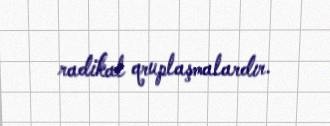
radikal qruplaşmalardır.